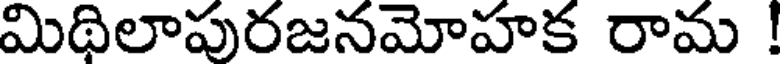
మిథిలాపురజనమోహక రామ !